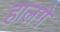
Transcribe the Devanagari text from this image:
हालगे